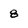
Character: 8